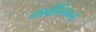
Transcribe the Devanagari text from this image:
नावीनिकर्नों